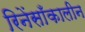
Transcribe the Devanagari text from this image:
रिनेंसाँकालीन